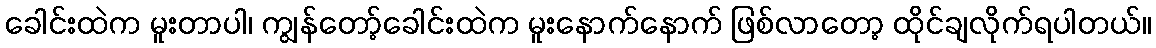
ခေါင်းထဲက မူးတာပါ၊ ကျွန်တော့်ခေါင်းထဲက မူးနောက်နောက် ဖြစ်လာတော့ ထိုင်ချလိုက်ရပါတယ်။